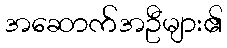
အဆောက်အဦများ၏